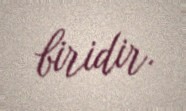
biridir.